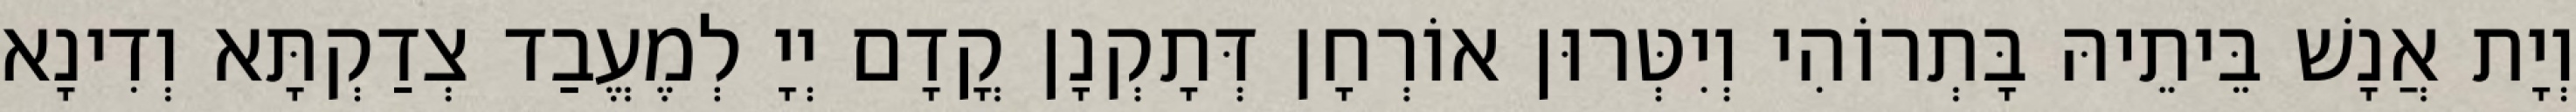
וְיָת אֲנָשׁ בֵּיתֵיהּ בָּתְרוֹהִי וְיִטְּרוּן אוֹרְחָן דְּתָקְנָן קֳדָם יְיָ לְמֶעֱבַד צְדַקְתָּא וְדִינָא